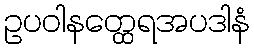
ဥပဝါနတ္ထေရအပဒါနံ